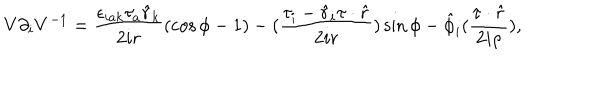
LaTeX: V \partial _ { i } V ^ { - 1 } = \frac { \epsilon _ { i a k } \tau _ { a } \hat { r } _ { k } } { 2 i r } ( \cos \phi - 1 ) - ( \frac { \tau _ { i } - \hat { r } _ { i } \tau \cdot \hat { r } } { 2 i r } ) \sin \phi - \hat { \phi } _ { i } ( \frac { \tau \cdot \hat { r } } { 2 i \rho } ) ,